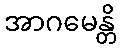
အာဂမေန္တိ